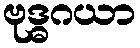
ဗုဒ္ဓဂယာ